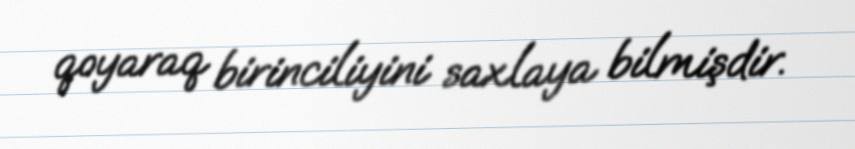
qoyaraq birinciliyini saxlaya bilmişdir.